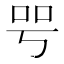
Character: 㕺